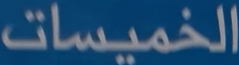
الخميسات